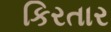
કિરતાર